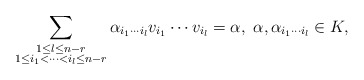
\begin{align*}\sum_{\substack {1\leq l\leq n-r\\ 1\leq i_1<\cdots<i_l\leq n-r}}\alpha_{i_1\cdots i_l} v_{i_1}\cdots v_{i_l}=\alpha,\ \alpha,\alpha_{i_1\cdots i_l}\in K,\end{align*}